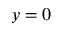
y = 0